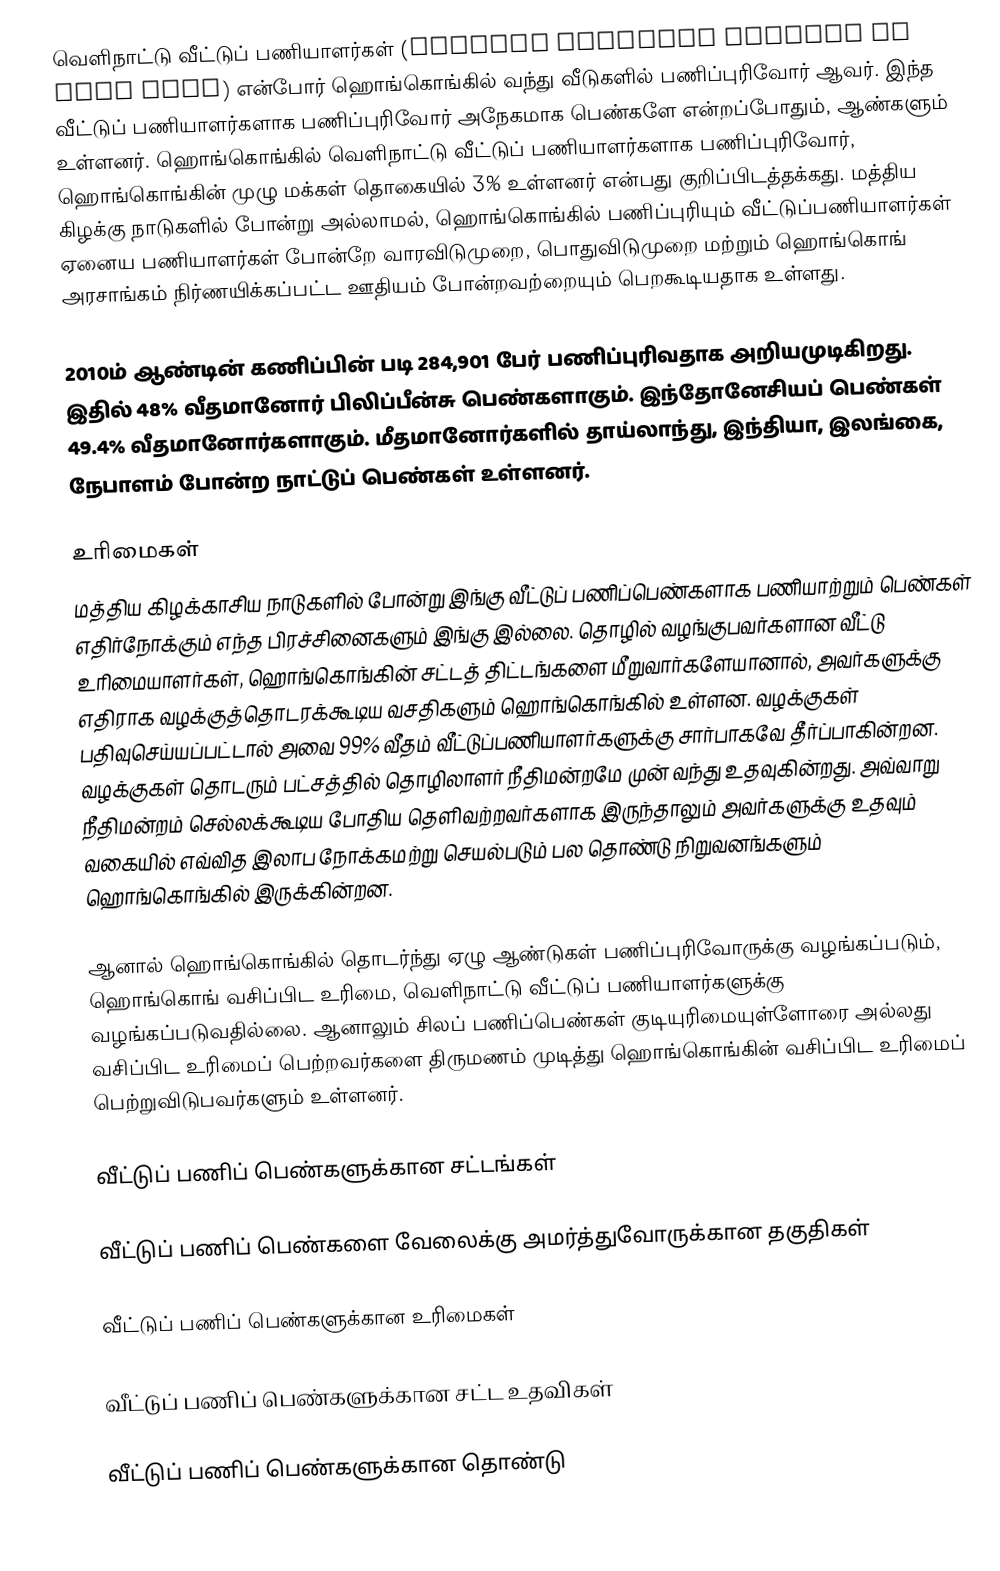
வெளிநாட்டு வீட்டுப் பணியாளர்கள் (Foreign domestic helpers in Hong Kong) என்போர் ஹொங்கொங்கில் வந்து வீடுகளில் பணிப்புரிவோர் ஆவர். இந்த வீட்டுப் பணியாளர்களாக பணிப்புரிவோர் அநேகமாக பெண்களே என்றப்போதும், ஆண்களும் உள்ளனர். ஹொங்கொங்கில் வெளிநாட்டு வீட்டுப் பணியாளர்களாக பணிப்புரிவோர், ஹொங்கொங்கின் முழு மக்கள் தொகையில் 3% உள்ளனர் என்பது குறிப்பிடத்தக்கது. மத்திய கிழக்கு நாடுகளில் போன்று அல்லாமல், ஹொங்கொங்கில் பணிப்புரியும் வீட்டுப்பணியாளர்கள் ஏனைய பணியாளர்கள் போன்றே வாரவிடுமுறை, பொதுவிடுமுறை மற்றும் ஹொங்கொங் அரசாங்கம் நிர்ணயிக்கப்பட்ட ஊதியம் போன்றவற்றையும் பெறகூடியதாக உள்ளது.

2010ம் ஆண்டின் கணிப்பின் படி 284,901 பேர் பணிப்புரிவதாக அறியமுடிகிறது. இதில் 48% வீதமானோர் பிலிப்பீன்சு பெண்களாகும். இந்தோனேசியப் பெண்கள் 49.4% வீதமானோர்களாகும். மீதமானோர்களில் தாய்லாந்து, இந்தியா, இலங்கை, நேபாளம் போன்ற நாட்டுப் பெண்கள் உள்ளனர்.

உரிமைகள்
மத்திய கிழக்காசிய நாடுகளில் போன்று இங்கு வீட்டுப் பணிப்பெண்களாக பணியாற்றும் பெண்கள் எதிர்நோக்கும் எந்த பிரச்சினைகளும் இங்கு இல்லை. தொழில் வழங்குபவர்களான வீட்டு உரிமையாளர்கள், ஹொங்கொங்கின் சட்டத் திட்டங்களை மீறுவார்களேயானால், அவர்களுக்கு எதிராக வழக்குத்தொடரக்கூடிய வசதிகளும் ஹொங்கொங்கில் உள்ளன. வழக்குகள் பதிவுசெய்யப்பட்டால் அவை 99% வீதம் வீட்டுப்பணியாளர்களுக்கு சார்பாகவே தீர்ப்பாகின்றன. வழக்குகள் தொடரும் பட்சத்தில் தொழிலாளர் நீதிமன்றமே முன் வந்து உதவுகின்றது. அவ்வாறு நீதிமன்றம் செல்லக்கூடிய போதிய தெளிவற்றவர்களாக இருந்தாலும் அவர்களுக்கு உதவும் வகையில் எவ்வித இலாப நோக்கமற்று செயல்படும் பல தொண்டு நிறுவனங்களும் ஹொங்கொங்கில் இருக்கின்றன.

ஆனால் ஹொங்கொங்கில் தொடர்ந்து ஏழு ஆண்டுகள் பணிப்புரிவோருக்கு வழங்கப்படும், ஹொங்கொங் வசிப்பிட உரிமை, வெளிநாட்டு வீட்டுப் பணியாளர்களுக்கு வழங்கப்படுவதில்லை. ஆனாலும் சிலப் பணிப்பெண்கள் குடியுரிமையுள்ளோரை அல்லது வசிப்பிட உரிமைப் பெற்றவர்களை திருமணம் முடித்து ஹொங்கொங்கின் வசிப்பிட உரிமைப் பெற்றுவிடுபவர்களும் உள்ளனர்.

வீட்டுப் பணிப் பெண்களுக்கான சட்டங்கள்

வீட்டுப் பணிப் பெண்களை வேலைக்கு அமர்த்துவோருக்கான தகுதிகள்

வீட்டுப் பணிப் பெண்களுக்கான உரிமைகள்

வீட்டுப் பணிப் பெண்களுக்கான சட்ட உதவிகள்

வீட்டுப் பணிப் பெண்களுக்கான தொண்டு